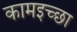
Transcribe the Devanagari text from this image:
कामइच्‍छा